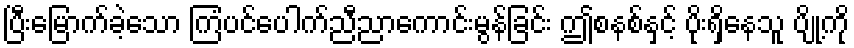
ပြီးမြောက်ခဲ့သော ကြံပင်ပေါက်ညီညာကောင်းမွန်ခြင်း ဤစနစ်နှင့် ပိုးရှိနေသူ ပျို့ကို